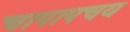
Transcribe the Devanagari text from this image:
चापापचय